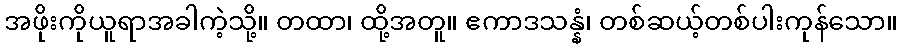
အဖိုးကိုယူရာအခါကဲ့သို့။ တထာ၊ ထို့အတူ။ ဧကာဒသန္နံ၊ တစ်ဆယ့်တစ်ပါးကုန်သော။